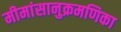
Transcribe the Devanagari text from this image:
मीमांसानुक्रमणिका